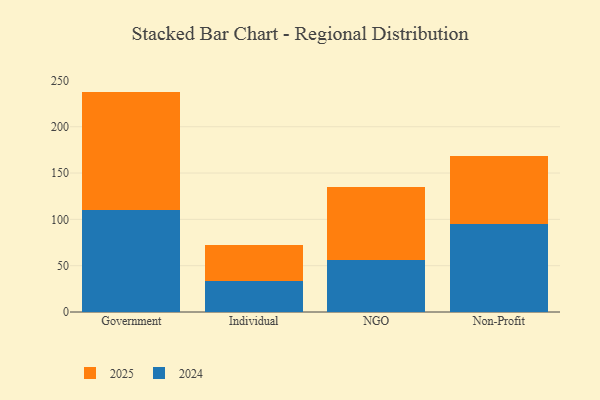
{"axis": {"x": "Segment", "y": "Gross Profit (USD K)"}, "legend": ["2024", "2025"], "data": [{"x": "Government", "y": 110.2, "type": "2024"}, {"x": "Government", "y": 127.7, "type": "2025"}, {"x": "Individual", "y": 33.8, "type": "2024"}, {"x": "Individual", "y": 38.5, "type": "2025"}, {"x": "NGO", "y": 56.1, "type": "2024"}, {"x": "NGO", "y": 79.1, "type": "2025"}, {"x": "Non-Profit", "y": 95.2, "type": "2024"}, {"x": "Non-Profit", "y": 72.8, "type": "2025"}]}